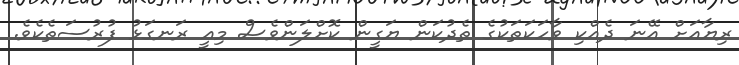
ރިޔާއަށް އޭނަ ދެއްކި ވާހަކަތަކުގެ ތެދުކަން ޔަގީން ކޮށްލަންވެސް މިއީ ރަނގަޅު ފުރުސަތެކެވެ.